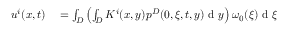
\begin{array} { r l } { u ^ { i } ( x , t ) } & { { } = \int _ { D } \left( \int _ { D } K ^ { i } ( x , y ) p ^ { D } ( 0 , \xi , t , y ) \textrm { d } y \right) \omega _ { 0 } ( \xi ) \textrm { d } \xi } \end{array}